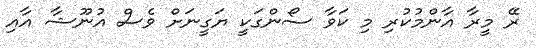
ރޭ މީރާ އާންމުކުރި މި ކަވާ ސޯންގަކީ ޔަގީނަށް ވެސް އުނޫޝާ އާއި